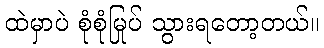
ထဲမှာပဲ စုံစုံမြုပ် သွားရတော့တယ်။